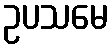
ဥပသမေ